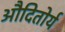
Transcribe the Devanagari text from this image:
औदितोर्य